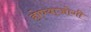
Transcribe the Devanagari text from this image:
होण्याजोगी